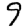
Digit: 9